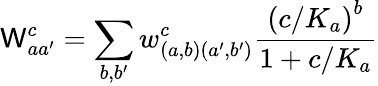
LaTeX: \mathsf{W}_{aa^{\prime}}^{c}=\sum_{b,b^{\prime}}w_{\left(a,b\right)\left(a^{\prime},b^{\prime}\right)}^{c}\frac{{\left(c/K_{a}\right)^{b}}}{{1+c/K_{a}}}